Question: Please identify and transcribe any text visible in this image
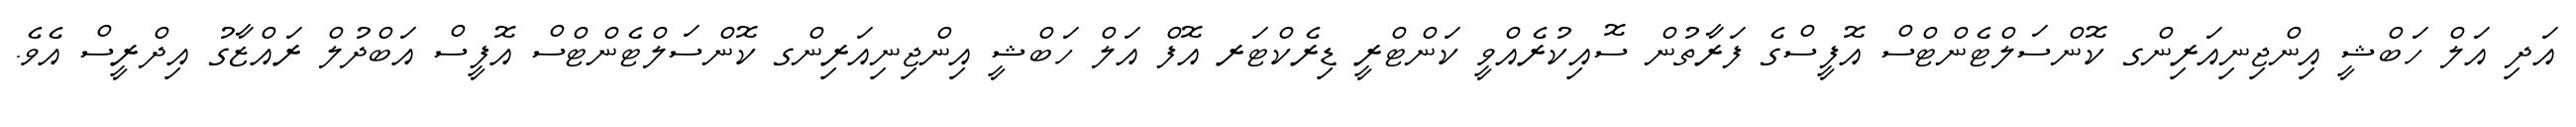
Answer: އަދި އަލް ހަބްޝީ އިންޖިނިއަރިންގ ކޮންސަލްޓެންޓްސް އޮފީސްގެ ފަރާތުން ސޮއިކުރެއްވީ ކަންޓްރީ ޑިރެކްޓަރ އޮފް އަލް ހަބްޝީ އިންޖިނިއަރިންގ ކޮންސަލްޓެންޓްސް އޮފީސް އަބްދުލް ރައްޒާގު އިދްރީސް އެވެ.